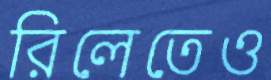
রিলেতেও